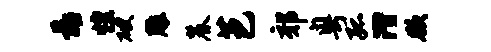
靠惶破雕麓芭郊粤孤潜欲